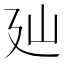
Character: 𢌚